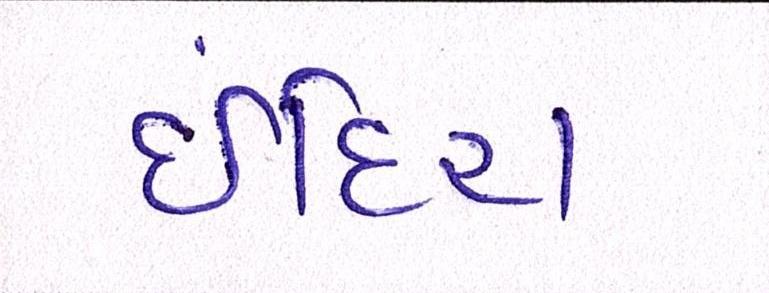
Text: ઈંદિરા